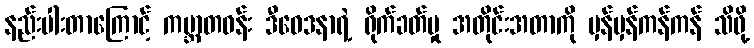
နည်းပါးတာကြောင့် ကမ္ဘာတဝန်း ဒီဝေဒနာရဲ့ ရိုက်ခတ်မှု အတိုင်းအတာကို မှန်မှန်ကန်ကန် သိဖို့